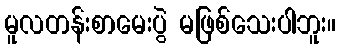
မူလတန်းစာမေးပွဲ မဖြစ်သေးပါဘူး။